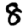
Digit: 8